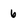
Character: 6